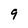
Character: 9